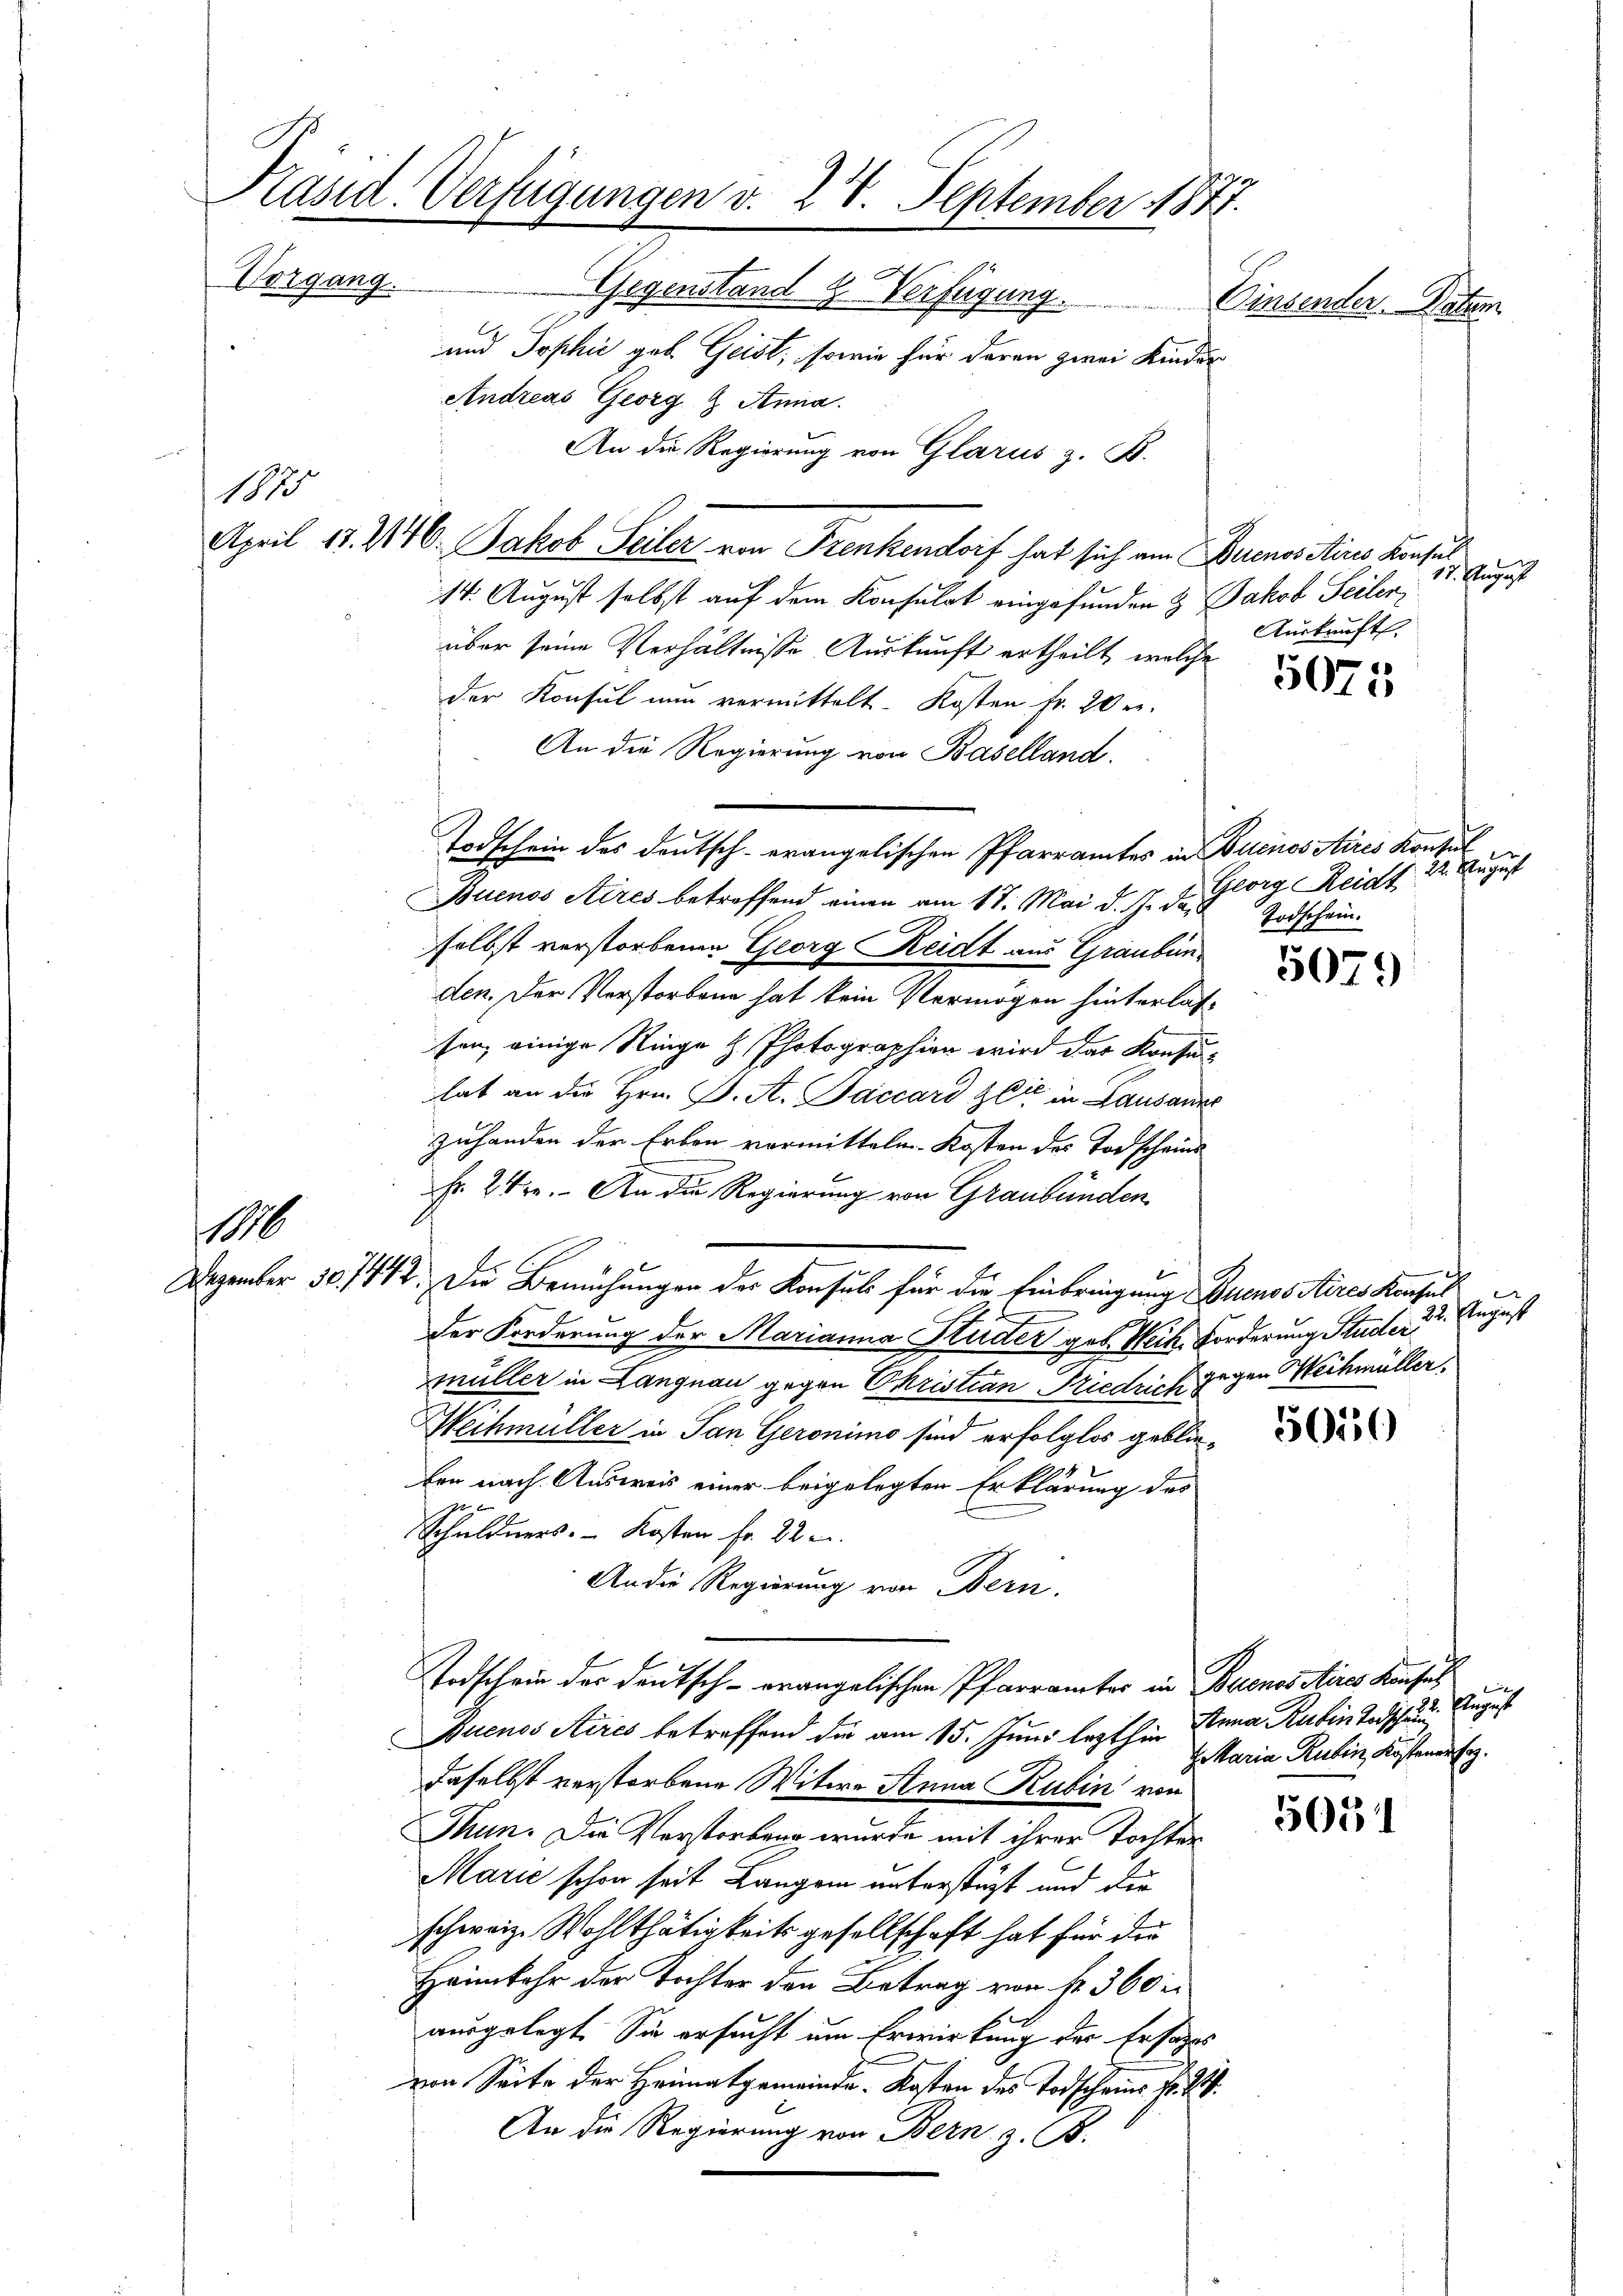
Präsid. Verfügungen v. 24. September 1877.
Vorgang.
Gegenstand & Verfügung. Einsender Vater
und Sophie geb. Geist, sowie für deren zwei Kinder
Andreas Georg & Anna.
An die Regierung von Glarus z. B.

1875

0

April 17. 246. Jakob Seiler von Frenkendorf hat sich am Buenos Ains Konsul
14. August selbst auf dem Konsulat eingefunden & Jakob Seilen,
über seine Verhältnisse Auskunft ertheilt, welche
der Konsul nun vermittelt. Kosten fr. 20 er
An die Regierung von Baselland.
Buenos Aires betreffend einen am 17. Mai d. J. das
selbst verstorbenen Georg Reidt aus Graubünden. Der Verstorbene hat kein Vermögen hinterlassen, einige Ringe H. Photographien wird das Konsuhat an die Hrn. J. A. Paccard Zeit in Lausanne
zuhanden der Erben vormitteln. Kosten des Todscheins
fr 24. An die Regierung von Graubünden
Dezember 50. 1442. Die Bemühungen der Konsuls für die Einbringung Buenos Aires Konsul
der Forderung der Marianna Studer geb. Weik. Forderung Studer
müller in Langnau gegen Christian Friedrich gegen Weihmüller.
Weihmüller in San Geronimo sind erfolglos geblie
ben nach Ausweis einer beigelegten Erklärung des
1
Schuldners. - Kosten fr. 22 u.
An die Regierung von Bern.
Todschein der Deutsch - erangelischen Pfarrämter in Buenos Aires Konsuch
Auenos Aires betreffend die am 15. Juni lezthin Anna Rubin Todschau, Augus
daselbst verstorbene Witwe Anna Rubin von
Thun. Die Verstorben wurde mit ihrer Tochter
Marić schon seit Langen unterstüzt und die
schweiz. Wohlthätigkeits gesellschaft hat für der
Heimkehr der Tochter den Betrag von fr. 360 x
ausgelegt. Sie ersucht um Erwirkung der Ersages
von Seite der Heimatgemeinde. Kosten des Todscheins Fr. 2.
An die Regierung von Bern z. B.

Todschein des Deutsch-erangelischen Pfarramtes in Buenossires Konsul

5075

5079

17. August
Auskunft.

Georg Reidt 22. August
Todschein.

22. August

5051

Maria Rubin, Kostener Erz